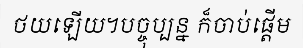
ថយឡើយ។បច្ចុប្បន្ន ក៏ចាប់ផ្តើម